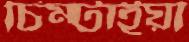
চিম্‌টাইয়া